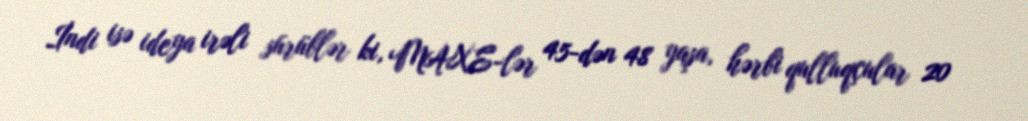
İndi isə ideya irəli sürüblər ki, MAXE-lər 45-dən 48 yaşa, hərbi qulluqçular 20